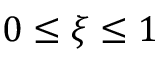
0 \leq \xi \leq 1